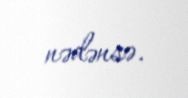
nədənsə.